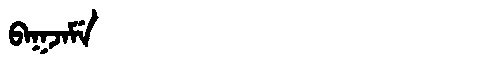
Manchu: ᠪᠠᡴᠵᠠᠮᡝ
Romanization: BAKJAME